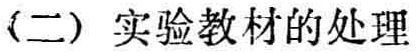
（二）实验教材的处理